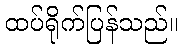
ထပ်ရိုက်ပြန်သည်။